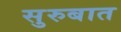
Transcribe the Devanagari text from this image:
सुरुबात